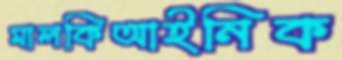
মালকিআইনিক